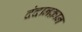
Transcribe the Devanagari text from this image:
दंदानक़ान